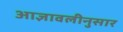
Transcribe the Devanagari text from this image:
आज्ञावलीनुसार